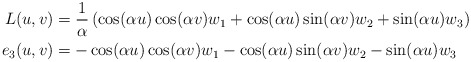
\begin{align*}L(u,v) &= \frac{1}{\alpha}\left(\cos(\alpha u) \cos(\alpha v) w_1 + \cos(\alpha u) \sin(\alpha v) w_2 + \sin(\alpha u) w_3\right)\\e_3(u,v) &= -\cos(\alpha u) \cos(\alpha v) w_1 - \cos(\alpha u) \sin(\alpha v) w_2 - \sin(\alpha u) w_3\end{align*}